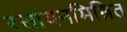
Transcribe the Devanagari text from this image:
रसायनमिश्रित